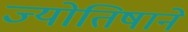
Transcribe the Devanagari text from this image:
ज्योतिषाने